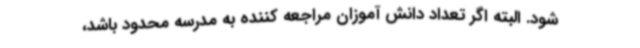
شود. البته اگر تعداد دانش آموزان مراجعه کننده به مدرسه محدود باشد،